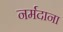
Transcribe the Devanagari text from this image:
नर्मदाना